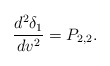
\begin{align*} \frac{d^2\delta_1}{dv^2}=P_{2,2}.\end{align*}